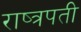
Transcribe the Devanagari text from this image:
राष्त्रपती